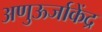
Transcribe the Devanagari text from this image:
अणुऊर्जाकेंद्र